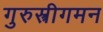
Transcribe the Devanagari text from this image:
गुरुस्त्रीगमन